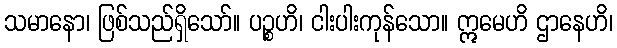
သမာနော၊ ဖြစ်သည်ရှိသော်။ ပဉ္စဟိ၊ ငါးပါးကုန်သော။ ဣမေဟိ ဌာနေဟိ၊